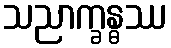
သညာက္ခန္ဓဿ